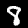
Digit: 8